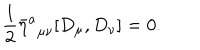
\frac 1 2 { \bar { \eta } ^ { a } } _ { \mu \nu } [ D _ { \mu } , D _ { \nu } ] = 0 .